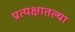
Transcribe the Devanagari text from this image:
प्रत्यक्षातल्या